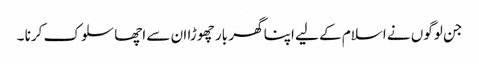
جن لوگوں نے اسلام کے لیے اپنا گھر بار چھوڑا ان سے اچھا سلوک کرنا ۔